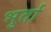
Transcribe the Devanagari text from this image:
भुर्ता